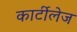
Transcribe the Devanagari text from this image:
कार्टीलेज